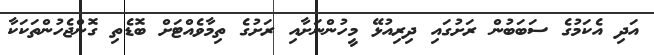
އަދި އެކަމުގެ ސަބަބުން ރަށުގައި ދިރިއުޅޭ މީހުންނަށާއި ރަށުގެ ތިމާވެއްޓަށް ބޮޑެތި ގޮންޖެހުންތަކަކާ